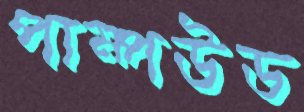
পাম্পউড